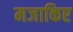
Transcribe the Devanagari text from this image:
मजाकिए